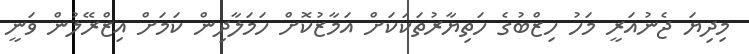
މިދިޔަ ޖެނުއަރީ މަހު ހިޒްބުގެ ހަތިޔާރުތަކަކަށް އަމާޒުކޮށް ހަމަލާދިން ކަމަށް އިޒްރޭލުން ވަނީ